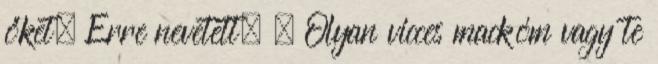
őket. Erre nevetett. – Olyan vicces mackóm vagy te